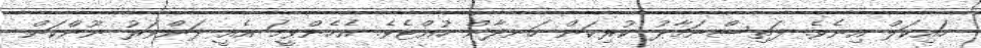
ހައިކަލް އިނެވެ. ފަތިސްނަމާދު ކުރިކަން ހަނދާން ހުއްޓެވެ. އެހެންވީމަ އެއީ ދަންވަރު ނޫންކަން